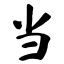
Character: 当